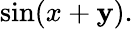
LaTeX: \sin(x+\mathbf{y}).